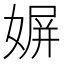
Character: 𡟛